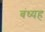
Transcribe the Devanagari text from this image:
बंध्यह